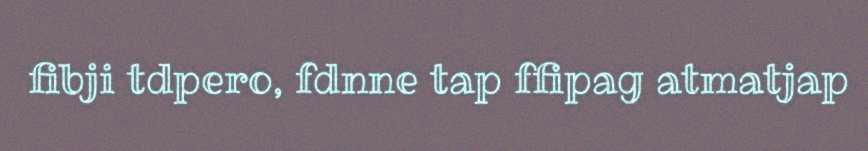
fibji tdpero, fdnne tap ffipag atmatjap